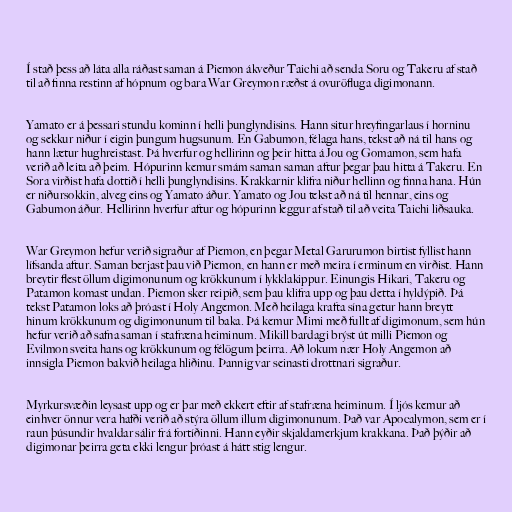
Í stað þess að láta alla ráðast saman á Piemon ákveður Taichi að senda Soru og Takeru af stað
til að finna restinn af hópnum og bara War Greymon ræðst á ovuröfluga digimonann.

Yamato er á þessari stundu kominn í helli þunglyndisins. Hann situr hreyfingarlaus í horninu
og sekkur niður í eigin þungum hugsunum. En Gabumon, félaga hans, tekst að ná til hans og
hann lætur hughreistast. Þá hverfur og hellirinn og þeir hitta á Jou og Gomamon, sem hafa
verið að leita að þeim. Hópurinn kemur smám saman saman aftur þegar þau hitta á Takeru. En
Sora virðist hafa dottið í helli þunglyndisins. Krakkarnir klifra niður hellinn og finna hana. Hún
er niðursokkin, alveg eins og Yamato áður. Yamato og Jou tekst að ná til hennar, eins og
Gabumon áður. Hellirinn hverfur aftur og hópurinn leggur af stað til að veita Taichi liðsauka.

War Greymon hefur verið sigraður af Piemon, en þegar Metal Garurumon birtist fyllist hann
lífsanda aftur. Saman berjast þau við Piemon, en hann er með meira í erminum en virðist. Hann
breytir flest öllum digimonunum og krökkunum í lykklakippur. Einungis Hikari, Takeru og
Patamon komast undan. Piemon sker reipið, sem þau klifra upp og þau detta í hyldýpið. Þá
tekst Patamon loks að þróast í Holy Angemon. Með heilaga krafta sína getur hann breytt
hinum krökkunum og digimonunum til baka. Þá kemur Mimi með fullt af digimonum, sem hún
hefur verið að safna saman í stafræna heiminum. Mikill bardagi brýst út milli Piemon og
Evilmon sveita hans og krökkunum og félögum þeirra. Að lokum nær Holy Angemon að
innsigla Piemon bakvið heilaga hliðinu. Þannig var seinasti drottnari sigraður.

Myrkursvæðin leysast upp og er þar með ekkert eftir af stafræna heiminum. Í ljós kemur að
einhver önnur vera hafði verið að stýra öllum illum digimonunum. Það var Apocalymon, sem er í
raun þúsundir hvaldar sálir frá fortíðinni. Hann eyðir skjaldamerkjum krakkana. Það þýðir að
digimonar þeirra geta ekki lengur þróast á hátt stig lengur.